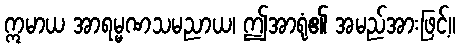
ဣမာယ အာရမ္မဏသမညာယ၊ ဤအာရုံ၏ အမည်အားဖြင့်။